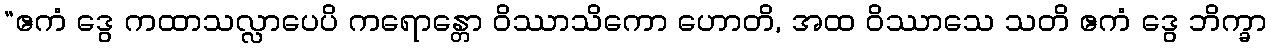
“ဧကံ ဒွေ ကထာသလ္လာပေပိ ကရောန္တော ဝိဿာသိကော ဟောတိ, အထ ဝိဿာသေ သတိ ဧကံ ဒွေ ဘိက္ခာ